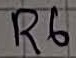
Text: R6